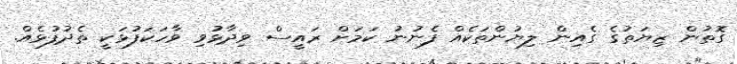
ގޮތުން ޒިޔަތުގެ ގެއިން ލިޔުންތަކެއް ފެނުނު ކަމަށް ރައީސް ވިދާޅުވި ވާހަކަފުޅަކީ ތެދުފުޅެއް.